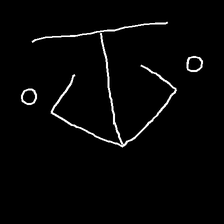
Glyph: earth